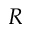
R